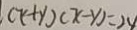
( x + y ) ( x - y ) = 2 4